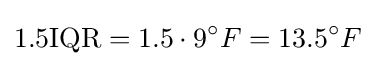
1.5{\text{IQR}}=1.5\cdot 9^{\circ }F=13.5^{\circ }F